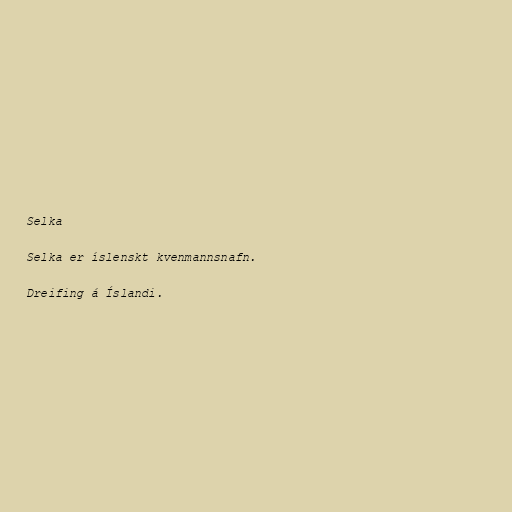
Selka

Selka er íslenskt kvenmannsnafn.

Dreifing á Íslandi.